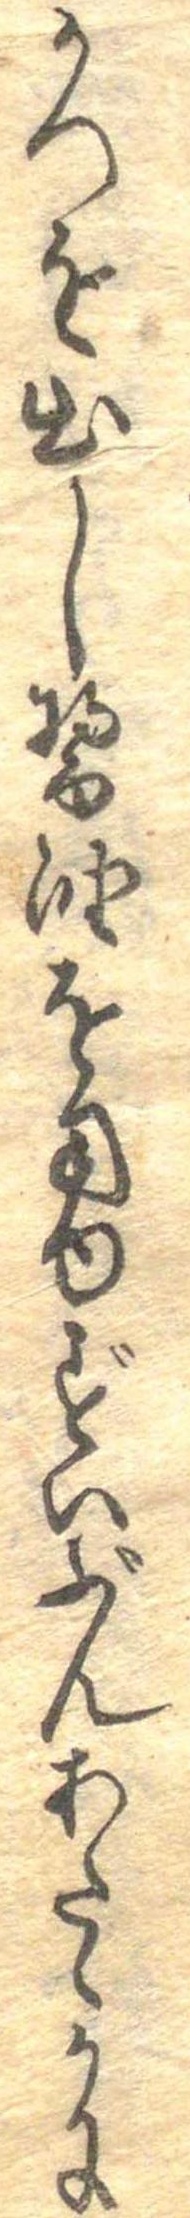
かつを出し醤油を用ゆずいぶんあたゝかに